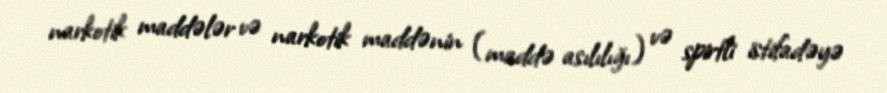
narkotik maddələr və narkotik maddənin (maddə asılılığı) və spirtli istifadəyə